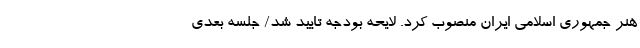
هنر جمهوری اسلامی ایران منصوب کرد. لایحه بودجه تایید شد/ جلسه بعدی